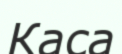
Каса